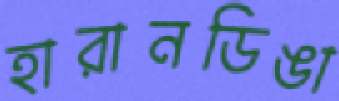
হারানডিঙা